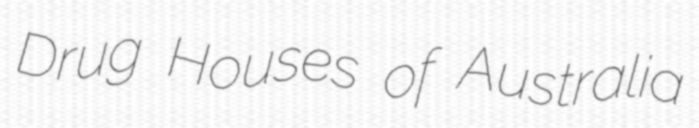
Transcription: Drug Houses of Australia